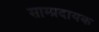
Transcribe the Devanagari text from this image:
साम्प्रदायक